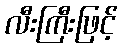
လီးကြီးဖြင့်